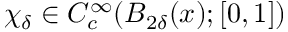
\chi _ { \delta } \in C _ { c } ^ { \infty } ( B _ { 2 \delta } ( x ) ; [ 0 , 1 ] )